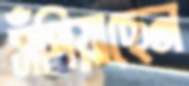
সঁপিয়াছেন